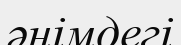
әнімдегі